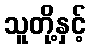
သူတို့နှင့်